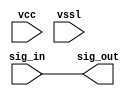
// This program was cloned from: https://github.com/chipsalliance/aib-phy-hardware
// License: Apache License 2.0

// SPDX-License-Identifier: Apache-2.0
// Copyright (C) 2019 Intel Corporation. 
// Library - aibcr_lib, Cell - aibcr_rambit_buf, View - schematic
// LAST TIME SAVED: May 13 16:26:38 2015
// NETLIST TIME: Jun  3 08:29:49 2015
// `timescale 1ns / 1ns 

module aibcr3_rambit_buf ( sig_out, sig_in, vcc, vssl );

output  sig_out;

input  sig_in, vcc, vssl;

wire sig_out, sig_in;


// specify 
//     specparam CDS_LIBNAME  = "aibcr_lib";
//     specparam CDS_CELLNAME = "aibcr_rambit_buf";
//     specparam CDS_VIEWNAME = "schematic";
// endspecify

assign sig_out = sig_in;

endmodule